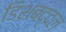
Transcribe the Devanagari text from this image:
डिशबद्दल